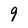
Character: 9